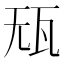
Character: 𰢢